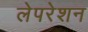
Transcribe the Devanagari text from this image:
लेपरेशन